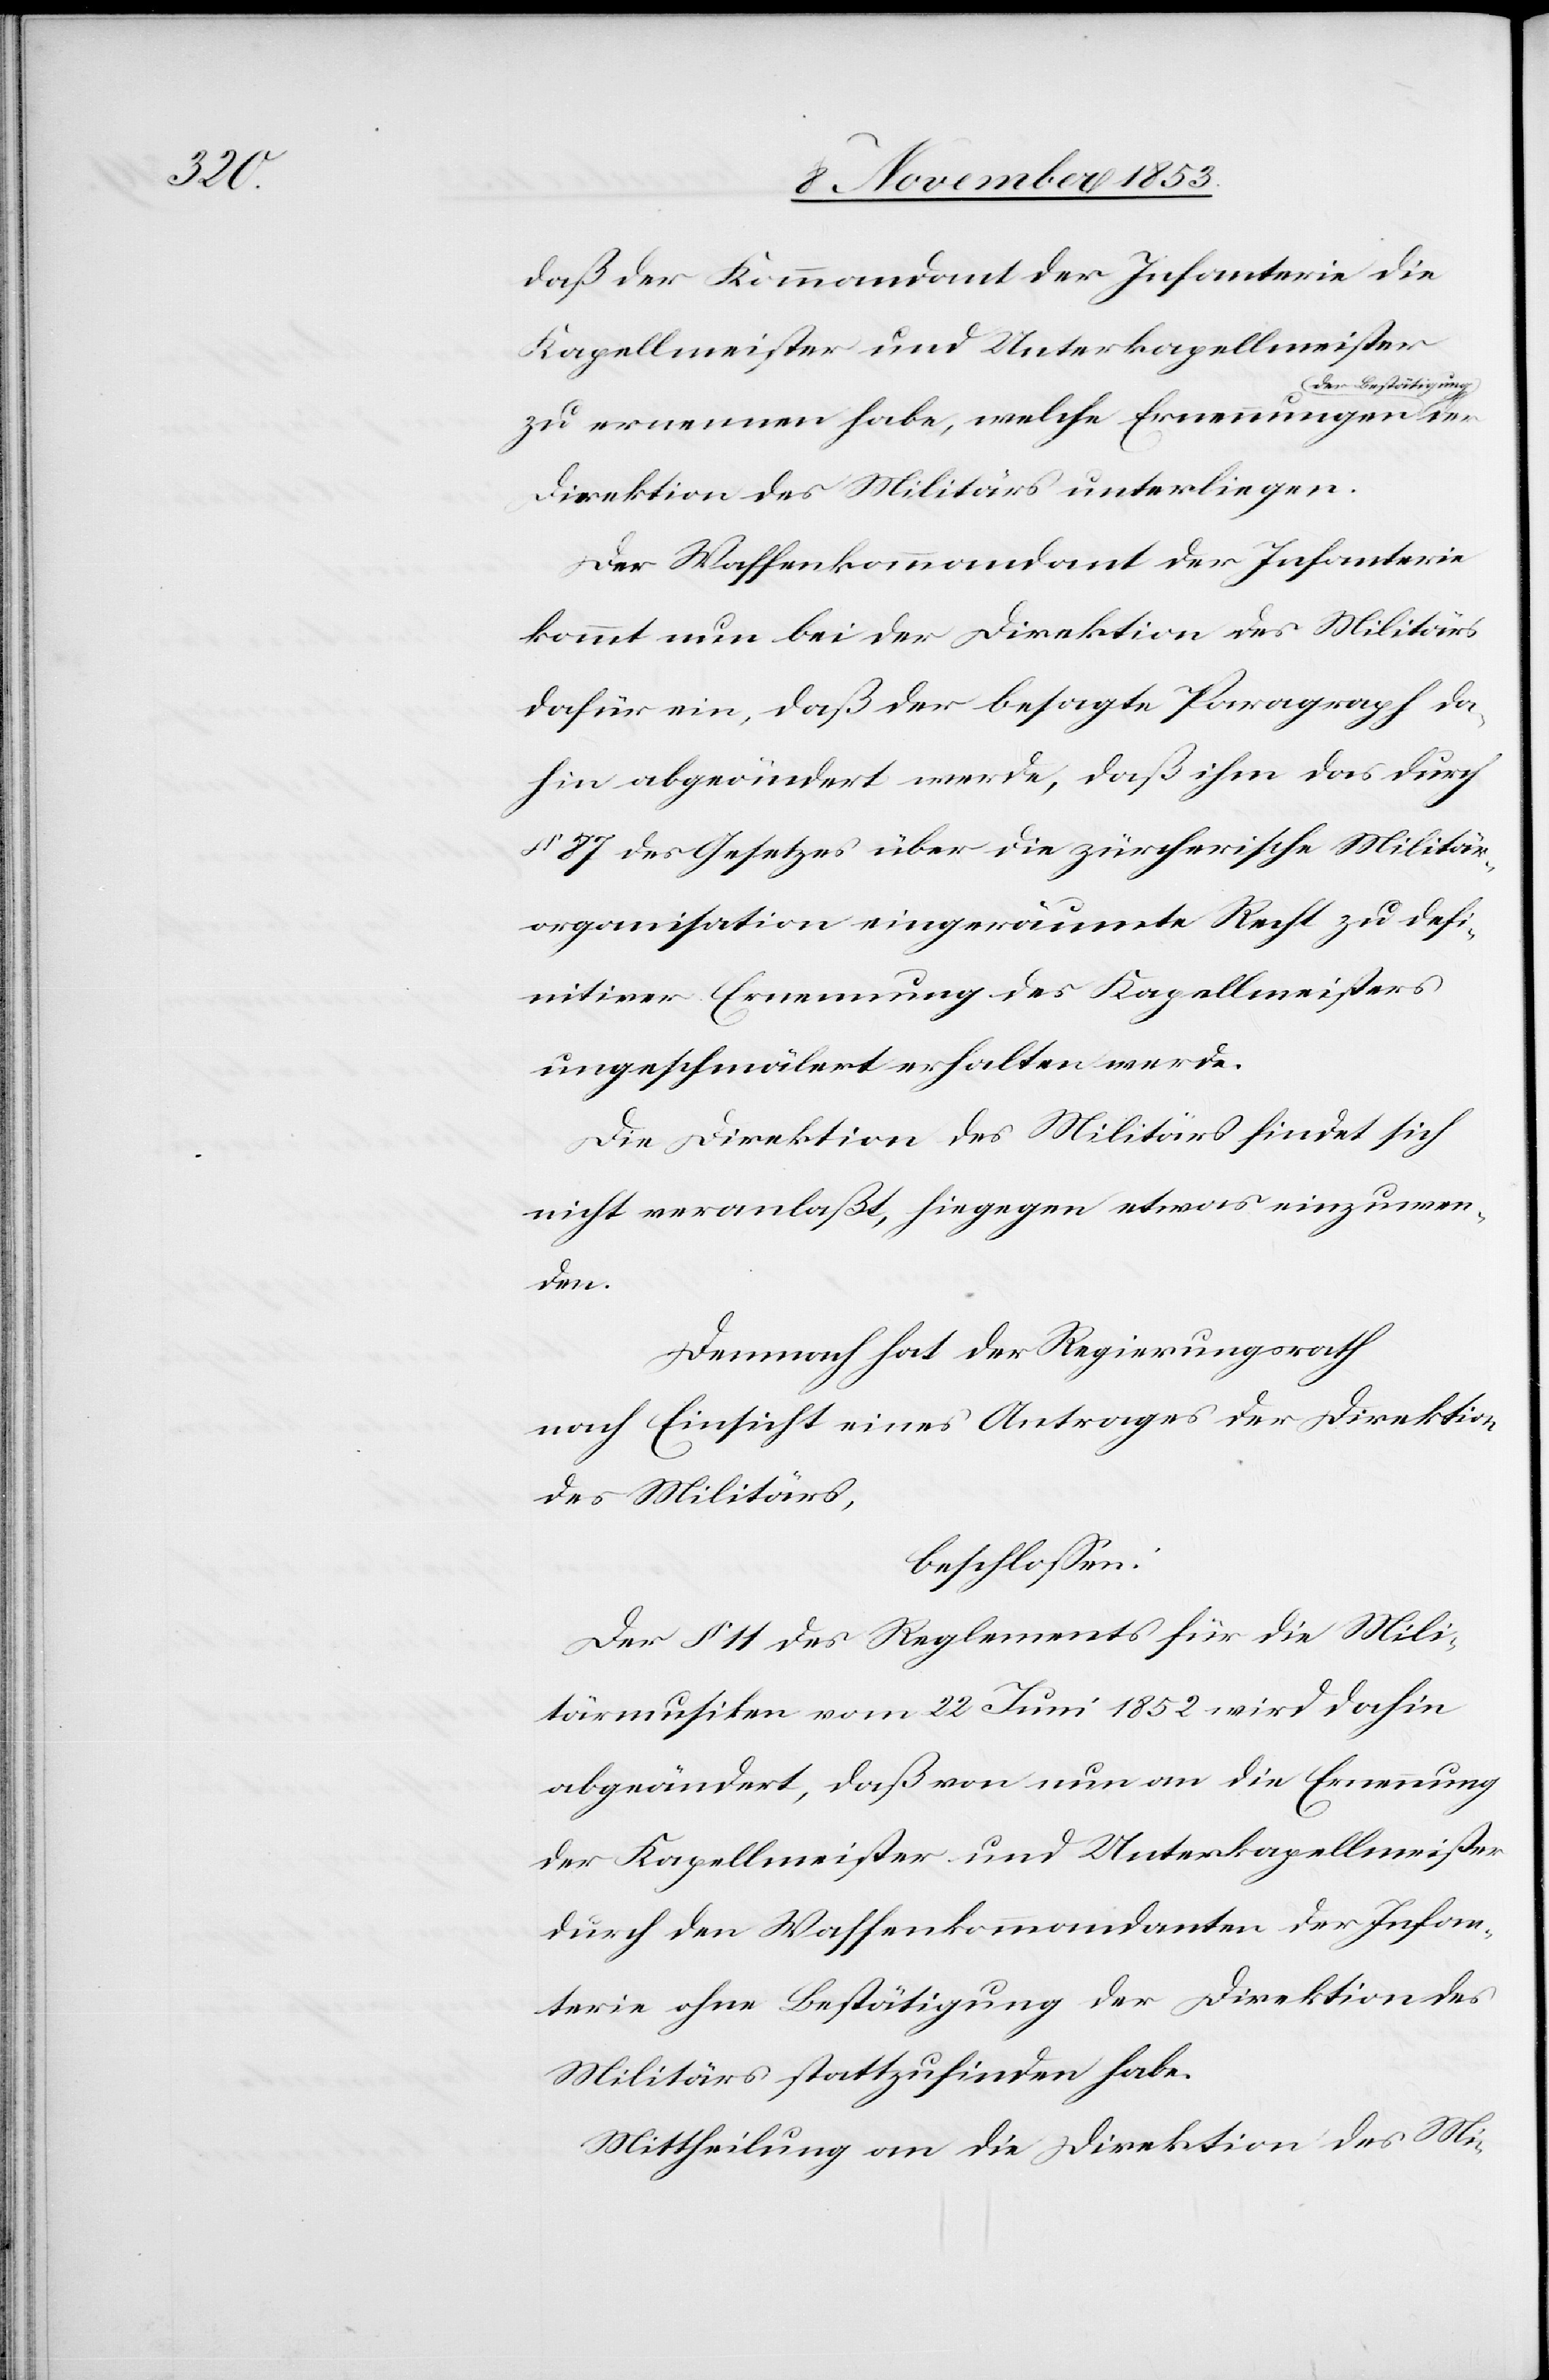
der

daß der Kommandant der Infanterie die
Kapellmeister und Unterkapellmeister
der Bestätigung
zu ernennen habe, welche Ernennungen
Direktion des Militärs unterliegen.
Der Waffenkommandant der Infanterie
kommt nun bei der Direktion des Militärs
dafür ein, daß der besagte Paragraph da¬
hin abgeändert werde, daß ihm durch
§ 87 des Gesetzes über die zürcherische Militär¬
organisation eingeräumte Recht zu defi¬
nitiver Ernennung des Kapellmeisters
ungeschmälert erhalten werde.
Die Direktion des Militärs findet sich
nicht veranlaßt, hiegegen etwas einzuwen¬
den.
Demnach hat der Regierungsrath
nach Einsicht eines Antrages der Direktion
des Militärs,
beschloßen:
Der § 11 des Reglements für die Mili¬
tärmusiken vom 22 Juni 1852 wird dahin
abgeändert, daß von nun an die Ernennung
der Kapellmeister und Unterkapellmeister
durch den Waffenkommandanten der Infan¬
terie ohne Bestätigung der Direktion des
Militärs stattzufinden habe.
Mittheilung an die Direktion des Mi-